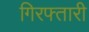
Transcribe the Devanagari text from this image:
गिरफ्तारी